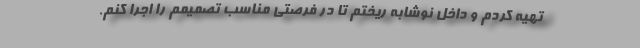
تهیه کردم و داخل نوشابه ریختم تا در فرصتی مناسب تصمیمم را اجرا کنم.